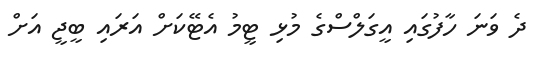
ދެ ވަނަ ހާފުގައި އީގަލްސްގެ މުޅި ޓީމު އެޓޭކަށް އަރައި ބީޖީ އަށް